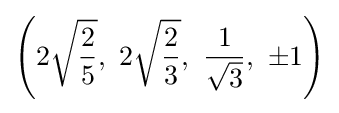
\left(2{\sqrt {\frac {2}{5}}},\ 2{\sqrt {\frac {2}{3}}},\ {\frac {1}{\sqrt {3}}},\ \pm 1\right)